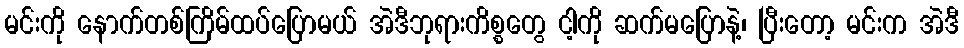
မင်းကို နောက်တစ်ကြိမ်ထပ်ပြောမယ် အဲဒီဘုရားကိစ္စတွေ ငါ့ကို ဆက်မပြောနဲ့၊ ပြီးတော့ မင်းက အဲဒီ